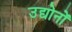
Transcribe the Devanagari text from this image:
उद्योनों